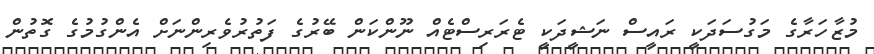
މުޒާހަރާގެ މަގުސަދަކީ ރައީސް ނަޝީދަކީ ޓެރަރިސްޓެއް ނޫންކަން ބޭރުގެ ފަތުރުވެރިންނަށް އެންގުމުގެ ގޮތުން